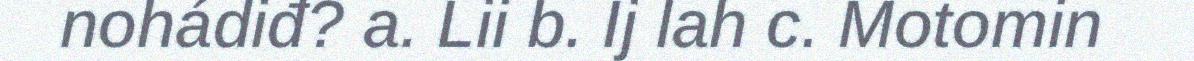
nohádiđ? a. Lii b. Ij lah c. Motomin